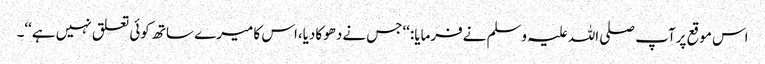
اس موقع پرآپ صلی اللہ علیہ وسلم نےفرمایا:‘‘جس نےدھوکادیا،اس کا میرے ساتھ کوئی تعلق نہیں ہے‘‘۔